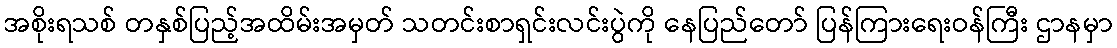
အစိုးရသစ် တနှစ်ပြည့်အထိမ်းအမှတ် သတင်းစာရှင်းလင်းပွဲကို နေပြည်တော် ပြန်ကြားရေးဝန်ကြီး ဌာနမှာ